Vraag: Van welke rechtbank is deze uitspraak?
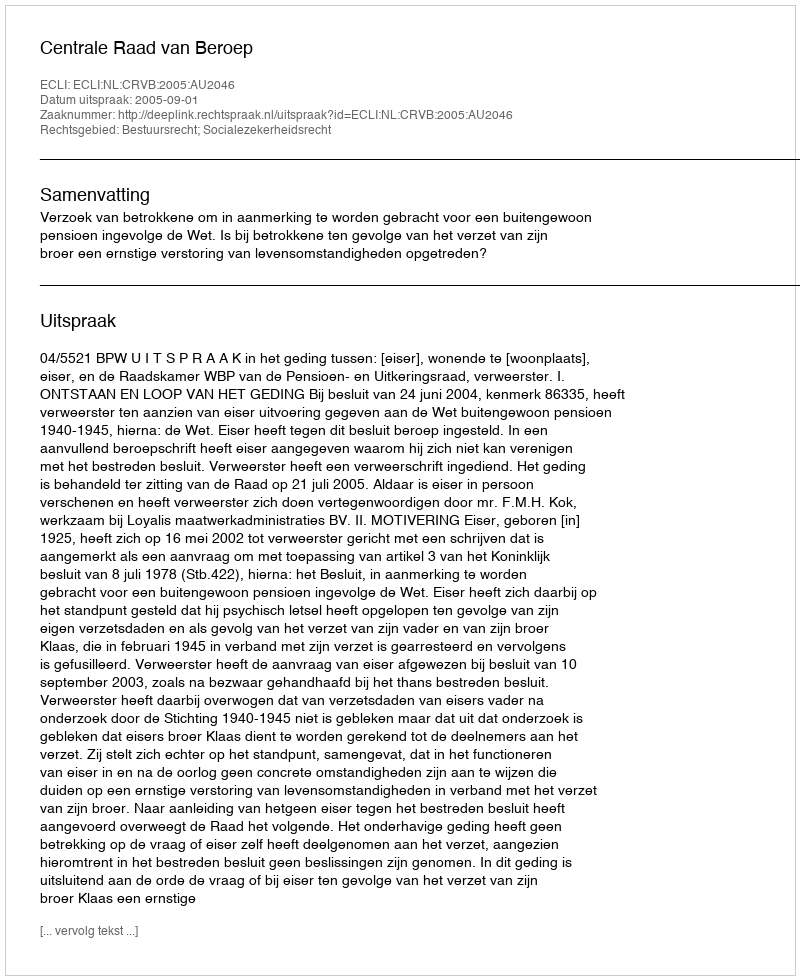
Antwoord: Centrale Raad van Beroep